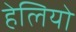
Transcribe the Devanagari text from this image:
हेलियो